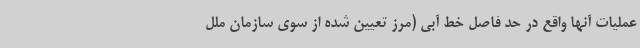
عملیات آنها واقع در حد فاصل خط آبی (مرز تعیین شده از سوی سازمان ملل